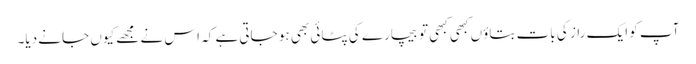
آپ کو ایک راز کی بات بتاؤں کبھی کبھی تو بیچارے کی پٹائی بھی ہو جاتی ہے کہ اس نے مجھے کیوں جانے دیا۔